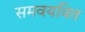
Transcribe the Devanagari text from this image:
समवयवित